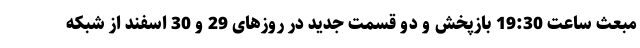
مبعث ساعت 19:30 بازپخش و دو قسمت جدید در روزهای 29 و 30 اسفند از شبکه